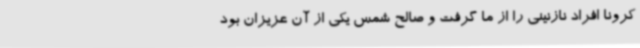
کرونا افراد نازنینی را از ما گرفت و صالح شمس یکی از آن عزیزان بود